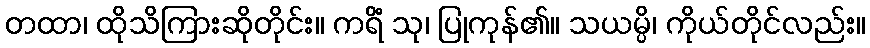
တထာ၊ ထိုသိကြားဆိုတိုင်း။ ကရိံ သု၊ ပြုကုန်၏။ သယမ္ပိ၊ ကိုယ်တိုင်လည်း။